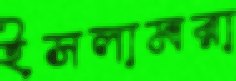
ইসলামরা